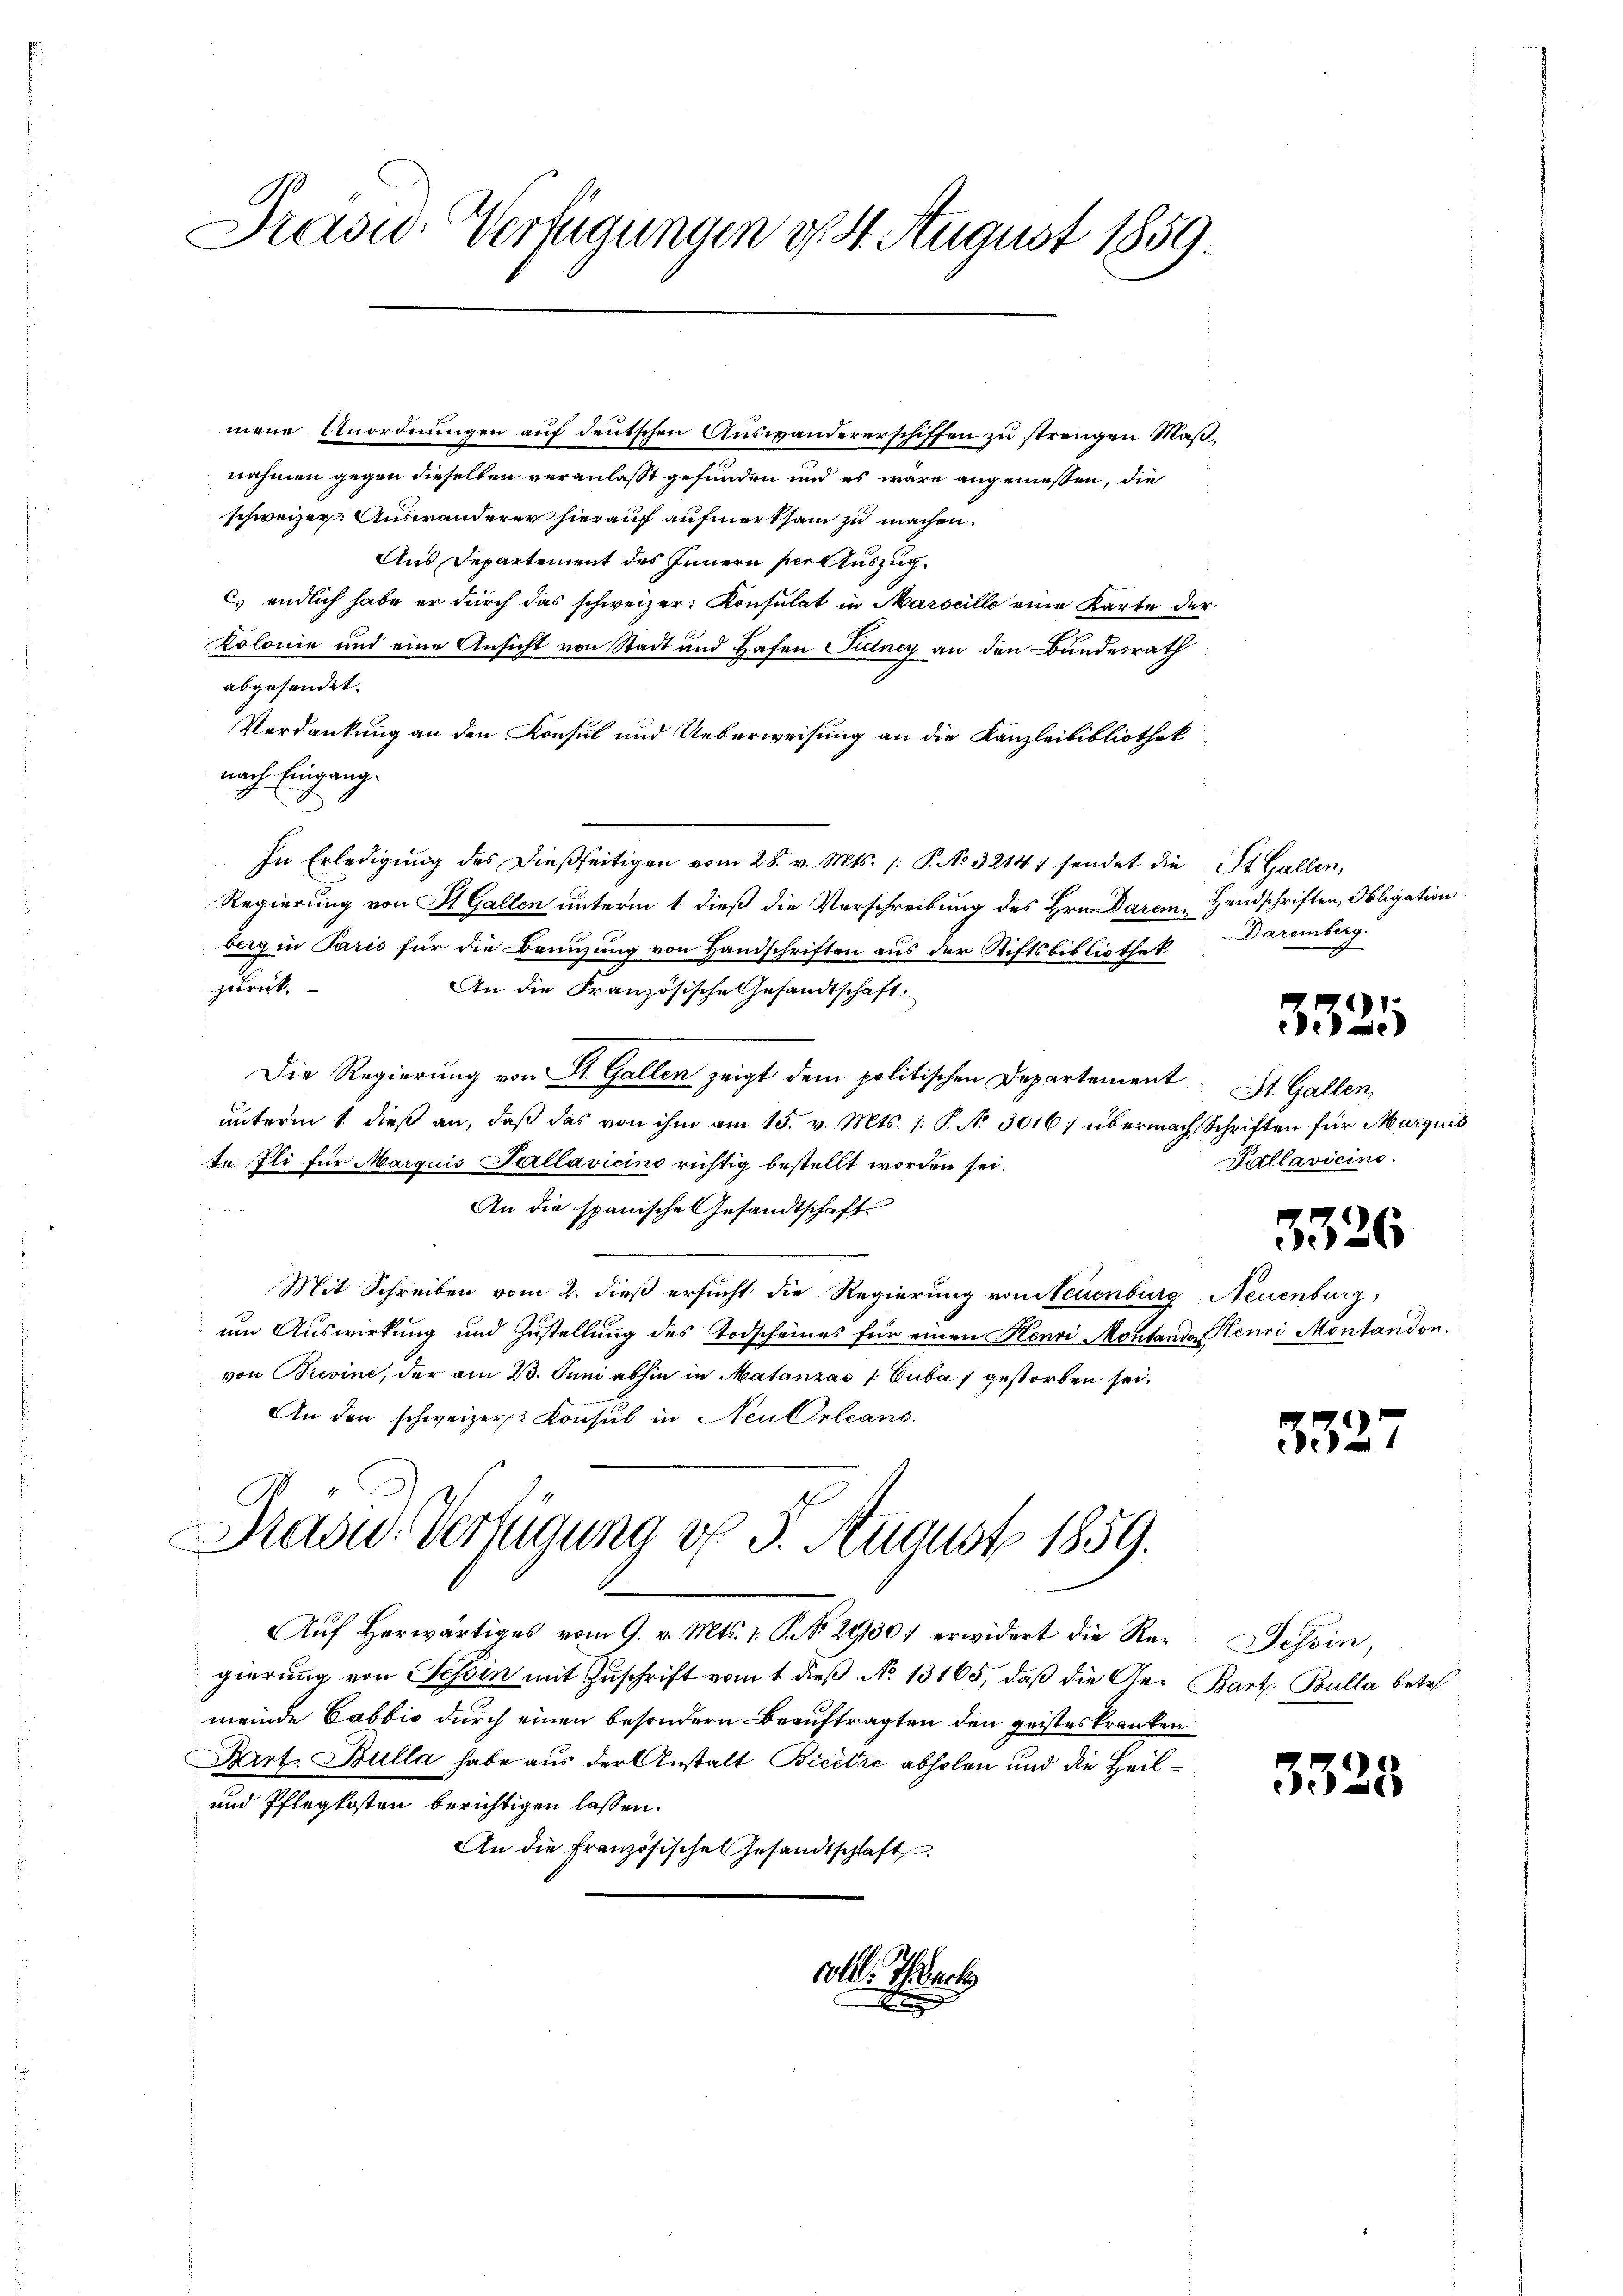
Pravić-Verfügungen d. 4. August 1859.

mene Anordnungen auf deutschen Auswandererschiffen zu strengen Maßnahmen gegen dieselben veranlasst gefunden und es wäre angeniessen, die
schweizer. Auswanderer hierauf aufmerksam zu machen.
Aus Departement des Innern her Auszug.
C) endlich habe er durch das schweizer: Konsulat in Marseille eine Karte der
Kolonie und eine Ansicht von Stadt und Hafen Fidney an den Bundesrath
abgesendet.
Verdankung an den Konsul und Ueberweisung an die Kanzleibibliothek
nach Eingange
In Erledigŭng des dießseitigen vom 28. v. Mts. /: P. No 3214) sendet die St. Gallen,
Regierung von St. Gallen unterm 1. dieß die Vorschreibung des Hrn. Darem Handschriften, Obligation
berg in Paris für die Benuzung von Handschriften aus der Stiftsbibliothek
zurück.
An die Französische Gesandtschaft.
Die Regierung von St. Gallen zeigt dem politischen Departement
unterm 1 dieß an, daß das von ihm am 15. v. Mts. (: P. No 3016; übermach, Schriften für Marquis
te Ili für Marquis Sallavicino richtig bestellt worden sei.

An die spanische Gesandtschaft
Mit Schreiben vom 2. dieß ersucht die Regierung von Neuenburg, Neuenburg,
um Auswirkung und Zustellung des Todscheines für einen Henri Montando Henri Montandon.
von Brevine, der am 23. Juni abhin in Matanza /: Cuba 7 gestorben sei.
An den schweizer Konsul in Neu Orleans

Masu- Verfügung d. 5. August 1859.

coll. Thack

Aŭf herwärtiges vom 9. v. Mts. 1. P. Nr. 2930) erwidert die Re-
gierung von Tessin mit Zuschrift vom 1. dieß No 13165, daß die Ge- Barth Bulla betr.
meinde Cabbio durch einen besondern Beauftragten den geisteskranken
Birt. Bulla habe aus der Anstalt Bicitze abholen und die Heil¬
und Pflegkosten berichtigen lassen.
An die französische Gesandtschaft

Daremberg.

332

St. Gallen,
Kállavicino.

3326

35

3325

Tessin,